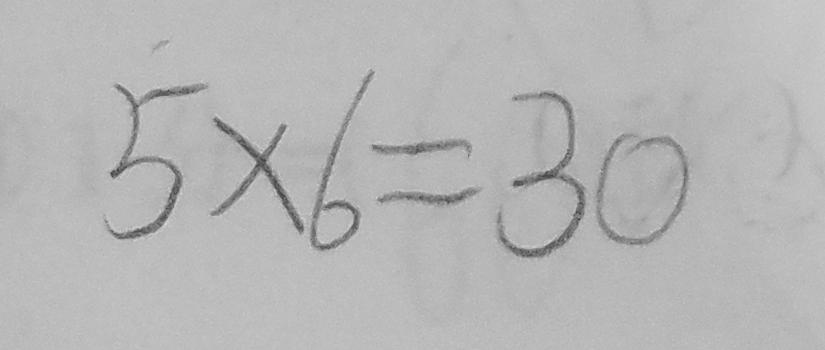
5 \times 6 = 3 0